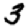
Digit: 3